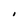
Character: i